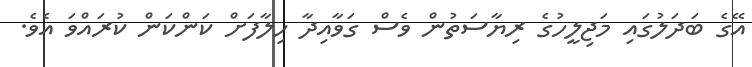
އޭގެ ބަދަލުގައި މަޖިލީހުގެ ރިޔާސަތުން ވެސް ގަވާއިދާ ހިލާފަށް ކަންކަން ކުރައްވަ އެވެ.